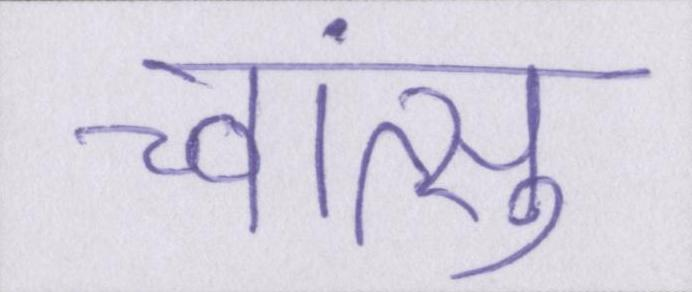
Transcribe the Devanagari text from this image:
च्वांत्सु